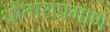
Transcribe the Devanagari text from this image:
धोताराप्रमाणे